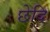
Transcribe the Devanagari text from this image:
छेदि